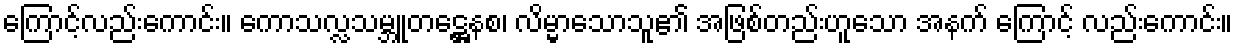
ကြောင့်လည်းကောင်း။ ကောသလ္လသမ္ဘူတဋ္ဌေနစ၊ လိမ္မာသောသူ၏ အဖြစ်တည်းဟူသော အနက် ကြောင့် လည်းကောင်း။